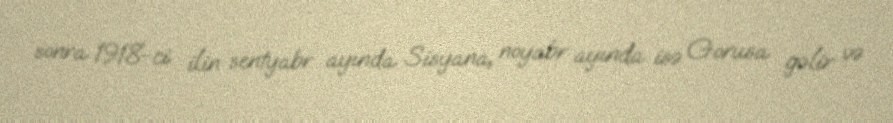
sonra 1918-ci ilin sentyabr ayında Sisyana, noyabr ayında isə Gorusa gəlir və